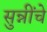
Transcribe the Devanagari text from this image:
सुन्नींचे